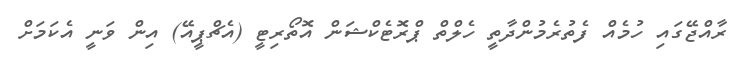
ރާއްޖޭގައި ހުމެއް ފެތުރެމުންދާތީ ހެލްތް ޕްރޮޓެކްޝަން އޮތޯރިޓީ (އެޗްޕީއޭ) އިން ވަނީ އެކަމަށް